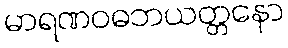
မာရဏဝဓဘယတ္တနော